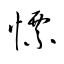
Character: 慓